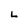
Character: L